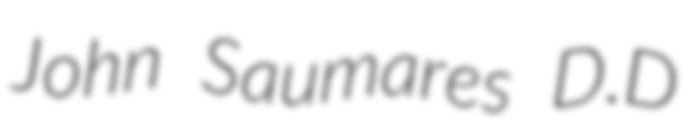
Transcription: John Saumares D.D